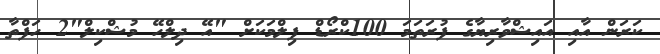
ކަރަން އާއި އައިޝްވާރިޔާގެ ފުރަތަމަ 100ކްރޯޑް ފިލްމަކަށް "އޭ ދިލްހޭ މުޝްކިލް"2 ހަފްތާ